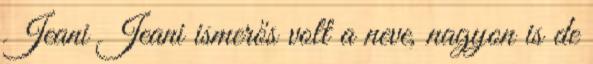
Jeani Jeani ismerős volt a neve, nagyon is de